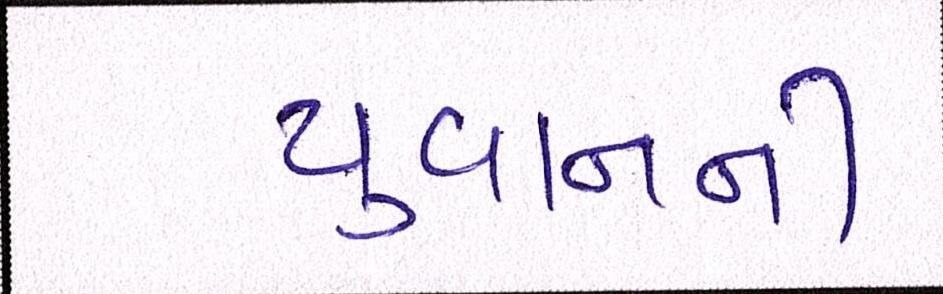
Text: યુવાનની